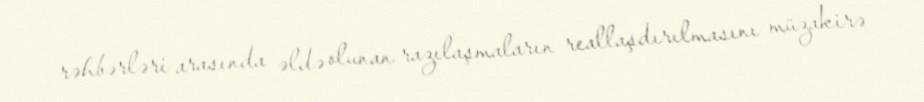
rəhbərləri arasında əldə olunan razılaşmaların reallaşdırılmasını müzakirə